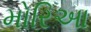
મોરિઆ